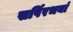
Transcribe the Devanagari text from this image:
सर्पिरभयां